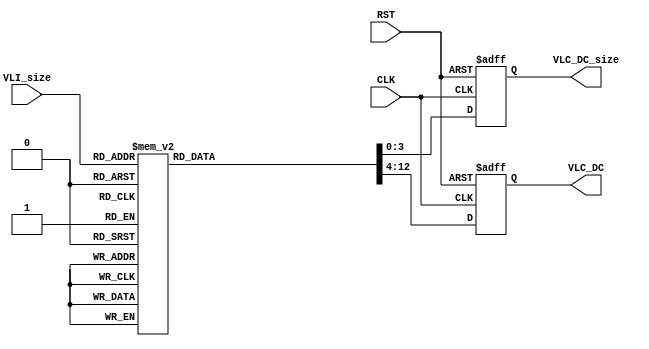
module DC_ROM
(
 input wire 	  CLK,
 input wire 	  RST,
 input wire [3:0] VLI_size,
 output reg [3:0] VLC_DC_size,
 output reg [8:0] VLC_DC
);


  //-----------------------------------------------------------------
  // DC-ROM
  //-----------------------------------------------------------------
  always @(posedge CLK or posedge RST) begin
    if(RST == 1'b 1) begin
      VLC_DC_size <= 4'h 0;
      VLC_DC <= {9{1'b0}};
    end else begin
      case(VLI_size)
      4'h 0 : begin
        VLC_DC_size <= 4'h 2;
        VLC_DC <= (2'b 00);
      end
      4'h 1 : begin
        VLC_DC_size <= 4'h 3;
        VLC_DC <= (3'b 010);
      end
      4'h 2 : begin
        VLC_DC_size <= 4'h 3;
        VLC_DC <= (3'b 011);
      end
      4'h 3 : begin
        VLC_DC_size <= 4'h 3;
        VLC_DC <= (3'b 100);
      end
      4'h 4 : begin
        VLC_DC_size <= 4'h 3;
        VLC_DC <= (3'b 101);
      end
      4'h 5 : begin
        VLC_DC_size <= 4'h 3;
        VLC_DC <= (3'b 110);
      end
      4'h 6 : begin
        VLC_DC_size <= 4'h 4;
        VLC_DC <= (4'b 1110);
      end
      4'h 7 : begin
        VLC_DC_size <= 4'h 5;
        VLC_DC <= (5'b 11110);
      end
      4'h 8 : begin
        VLC_DC_size <= 4'h 6;
        VLC_DC <= (6'b 111110);
      end
      4'h 9 : begin
        VLC_DC_size <= 4'h 7;
        VLC_DC <= (7'b 1111110);
      end
      4'h A : begin
        VLC_DC_size <= 4'h 8;
        VLC_DC <= (8'b 11111110);
      end
      4'h B : begin
        VLC_DC_size <= 4'h 9;
        VLC_DC <= (9'b 111111110);
      end
      default : begin
        VLC_DC_size <= 4'h 0;
        VLC_DC <= {9{1'b0}};
      end
      endcase
    end
  end


endmodule